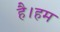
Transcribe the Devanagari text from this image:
है।हम